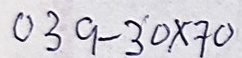
039 - 30 x 70